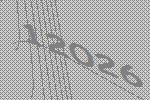
12026